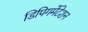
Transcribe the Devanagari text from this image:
डिपिगमेंटेशन